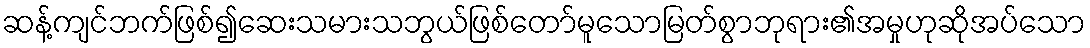
ဆန့်ကျင်ဘက်ဖြစ်၍ဆေးသမားသဘွယ်ဖြစ်တော်မူသောမြတ်စွာဘုရား၏အမှုဟုဆိုအပ်သော